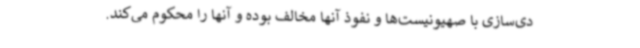
دی‌سازی با صهیونیست‌ها و نفوذ آنها مخالف بوده و آنها را محکوم می‌کند.